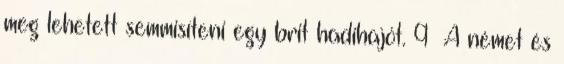
meg lehetett semmisíteni egy brit hadihajót. 9 A német és